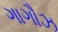
ગાગૌઝ